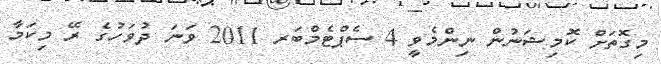
މިގޮތަށް ކޮމިޝަނުން ނިންމެވީ 4 ސެޕްޓެމްބަރ 2011 ވަނަ ދުވަހުގެ ރޭ މިކަމާ